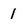
Character: 1